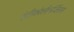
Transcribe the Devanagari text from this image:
एंटीकोलीनर्जिक्स